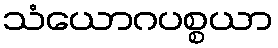
သံယောဂပစ္စယာ